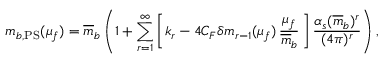
m _ { b , \mathrm { P S } } ( \mu _ { f } ) = \overline { { { m } } } _ { b } \left( 1 + \sum _ { r = 1 } ^ { \infty } \bigg [ k _ { r } - 4 C _ { F } \delta m _ { r - 1 } ( \mu _ { f } ) \, \frac { \mu _ { f } } { \overline { { { m } } } _ { b } } \, \bigg ] \, \frac { \alpha _ { s } ( \overline { { { m } } } _ { b } ) ^ { r } } { ( 4 \pi ) ^ { r } } \right) ,